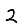
Digit: 2